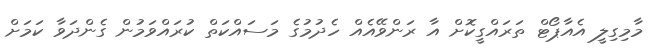
މާމިގިލީ އެއާޕޯޓް ތަރައްގީކޮށް އާ ރަންވޭއެއް ހެދުމުގެ މަސައްކަތް ކުރައްވަމުން ގެންދަވާ ކަމަށް